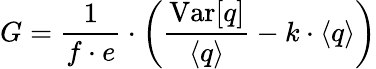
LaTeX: G=\frac{1}{f\cdot e}\cdot\left(\frac{\mathrm{Var}[q]}{\langle q\rangle}-k\cdot\langle q\rangle\right)